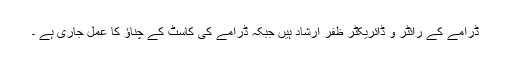
ڈرامے کے رائٹر و ڈائریکٹر ظفر ارشاد ہیں جبکہ ڈرامے کی کاسٹ کے چناؤ کا عمل جاری ہے ۔